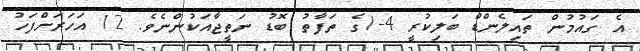
އެ ގައުމުން ތައިލެންޑް ބަލިކުރީ 4-1ގެ ތަފާތު ބޮޑު ނަތީޖާއަކުންނެވެ. 12 އަހަރަށްފަހު